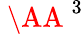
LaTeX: \mathrm{~\AA~}^{3}